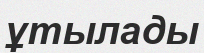
ұтылады